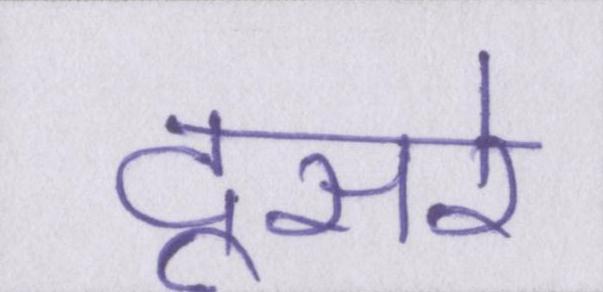
दूसरे